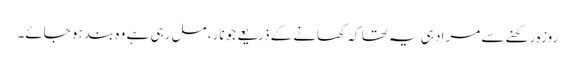
روزہ رکھنے سے مراد ہی یہ تھا کہ کھانے کے ذریعے جو نار، مل رہی ہے وہ بند ہو جائے۔